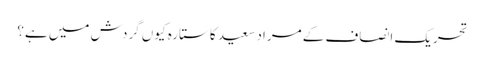
تحریک انصاف کے مراد سعید کا ستارہ کیوں گردش میں ہے؟